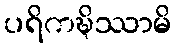
ပရိကဍ္ဎိဿာမိ